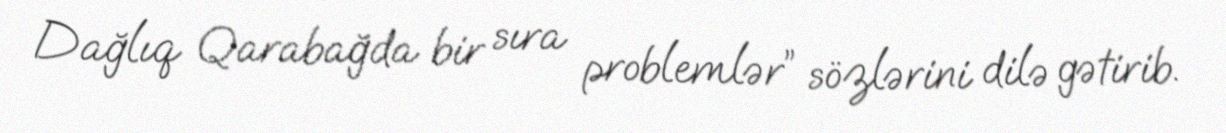
Dağlıq Qarabağda bir sıra problemlər” sözlərini dilə gətirib.